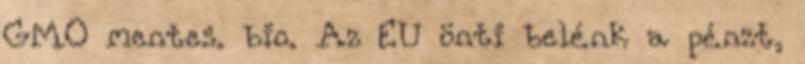
GMO mentes. bio. Az EU önti belénk a pénzt,